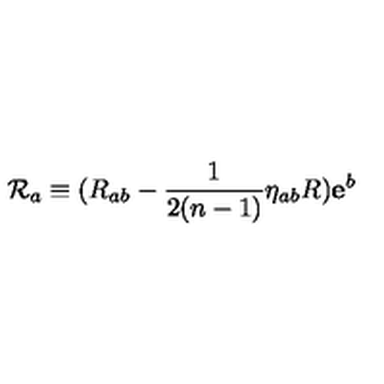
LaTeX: \mathcal { R } _ { a } \equiv ( R _ { a b } - \frac { 1 } { 2 ( n - 1 ) } \eta _ { a b } R ) \mathbf { e } ^ { b }